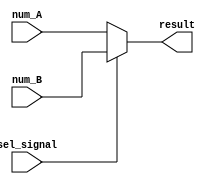
module Five_bit_two_way(num_A,num_B,sel_signal,result);
  input [4:0]num_A;
  input [4:0]num_B;
  input sel_signal;
  
  output reg [4:0]result;
  
  always@(*)
  if(sel_signal)
    result=num_B;
  else
    result=num_A;
    
endmodule